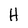
Character: H